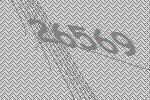
26569